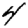
Digit: 4